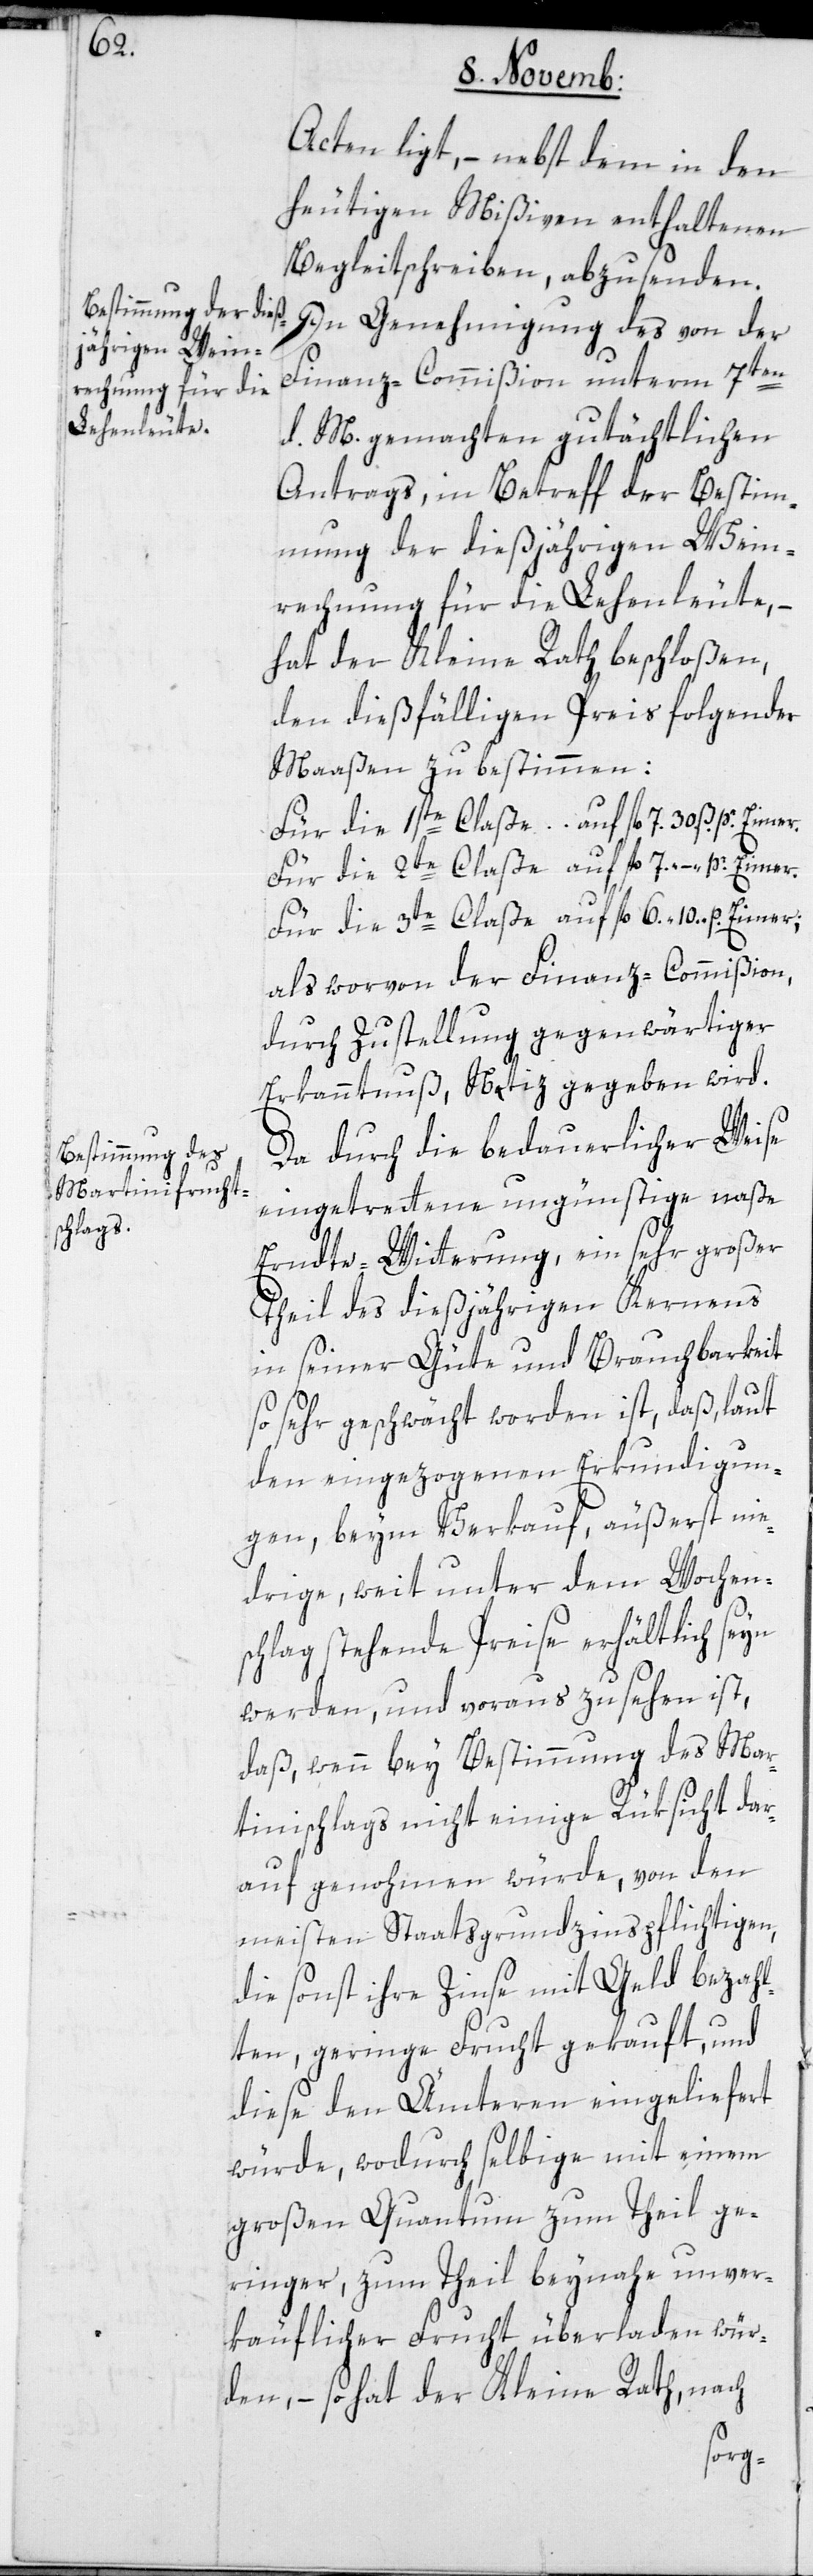
Acten ligt, – nebst dem in den
heutigen Mißiven enthaltenen
Begleitschreiben, abzusenden.
In Genehmigung des von der
Finanz-Commißion unterm 7ten
d. M. gemachten gutächtlichen
Antrags, in Betreff der Bestim¬
mung der dießjährigen Wein¬
rechnung für die Lehenleute, –
hat der Kleine Rath beschloßen,
den dießfälligen Preis folgender
Maaßen zu bestimmen:
als worvon der Finanz-Commißion
durch Zustellung gegenwärtiger
Erkanntnuß Notiz gegeben wird.
Da durch die bedauerlicher Weise
eingetretene ungünstige naße
Ernte-Witterung, ein sehr großer
Theil des dießjährigen Kernens
in seiner Güte und Brauchbarkeit
so sehr geschwächt worden ist, daß laut
den eingezogenen Erkundigun¬
gen, beym Verkauf äußerst nie¬
drige, weit unter dem Wochen¬
schlag stehende Preise erhältlich seyn
werden, und voraus zu sehen ist,
daß, wenn bey Bestimmung des Mar¬
tinischlags nicht einige Rüksicht dar¬
auf genohmen würde, von den
meisten Staatsgrundzinspflichtigen,
die sonst ihre Zinse mit Geld bezahl¬
ten, geringe Frucht gekauft, und
diese den Ämteren eingeliefert
würde, wodurch selbige mit einem
großen Quantum zum Theil ge¬
ringer, zum Theil beynahe unver¬
käuflicher Frucht überladen wür¬
den, – so hat der Kleine Rath, nach